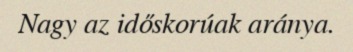
Nagy az időskorúak aránya.